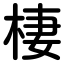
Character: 棲